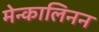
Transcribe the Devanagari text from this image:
मेन्कालिनन